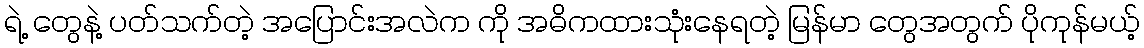
ရဲ့ တွေနဲ့ ပတ်သက်တဲ့ အပြောင်းအလဲက ကို အဓိကထားသုံးနေရတဲ့ မြန်မာ တွေအတွက် ပိုကုန်မယ့်